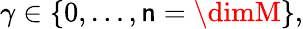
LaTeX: \gamma\in\{ 0,\dots,\mathsf{n}=\dimM\} ,